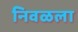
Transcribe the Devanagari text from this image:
निवळला